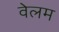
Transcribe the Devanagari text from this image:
वेलम